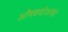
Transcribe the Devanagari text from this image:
औषधयोजनेचे